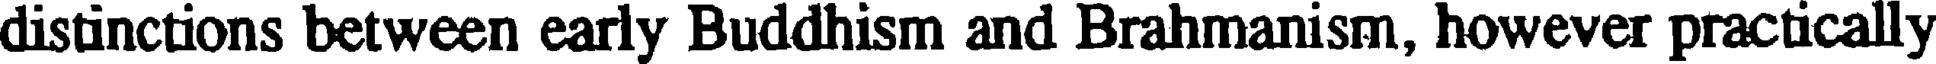
distinctions between early Buddhism and Brahmanism, however practically